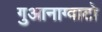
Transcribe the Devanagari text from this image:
गुआनाग्वाटो